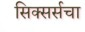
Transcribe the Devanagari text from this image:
सिक्सर्सचा